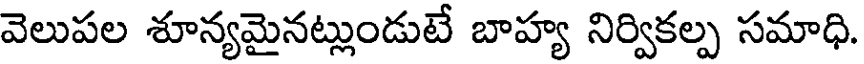
వెలుపల శూన్యమైనట్లుండుటే బాహ్య నిర్వికల్ప సమాధి.